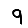
Digit: 9